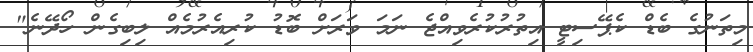
މިތަނުގެ ބެޑް ކެޕޭސިޓީ އިތުރުކުރެވިއްޖެ ނަމަ ވަރަށް ބޮޑު ކުރިއެރުމެއް ލިބިގެން ހޯދޭނެ"